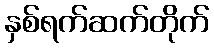
နှစ်ရက်ဆက်တိုက်